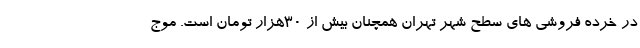
در خرده فروشی های سطح شهر تهران همچنان بیش از ۳۰هزار تومان است. موج